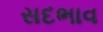
સદભાવ